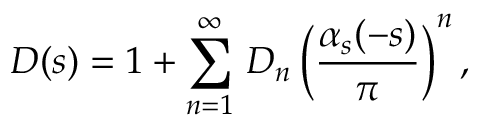
D ( s ) = 1 + \sum _ { n = 1 } ^ { \infty } \, D _ { n } \, \bigg ( { \frac { \alpha _ { s } ( - s ) } { \pi } } \bigg ) ^ { n } \, ,